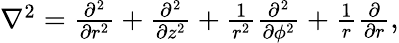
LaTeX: \begin{array}{r}{\nabla^{2}=\frac{\partial^{2}}{\partial r^{2}}+\frac{\partial^{2}}{\partial z^{2}}+\frac{1}{r^{2}}\frac{\partial^{2}}{\partial\phi^{2}}+\frac{1}{r}\frac{\partial}{\partial r},}\end{array}